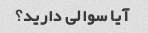
آیا سوالی دارید؟